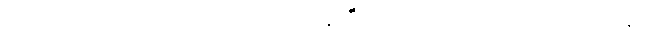
အရေးယူဆောင်ရွက်ရမည့် ညီအစ်ကိုနှစ်ဦးက ဗီဒီယိုဂိမ်း မသံဒါဖြူ မွေးနေ့မှ